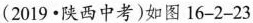
(2019·陕西中考)如图16-2-23